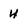
Character: 4